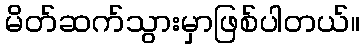
မိတ်ဆက်သွားမှာဖြစ်ပါတယ်။